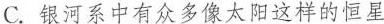
C.银河系中有众多像太阳这样的恒星